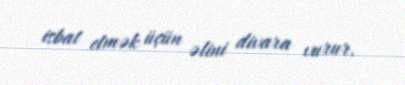
isbat etmək üçün əlini divara vurur.